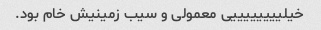
خیلییییییییی معمولی و سیب زمینیش خام بود.